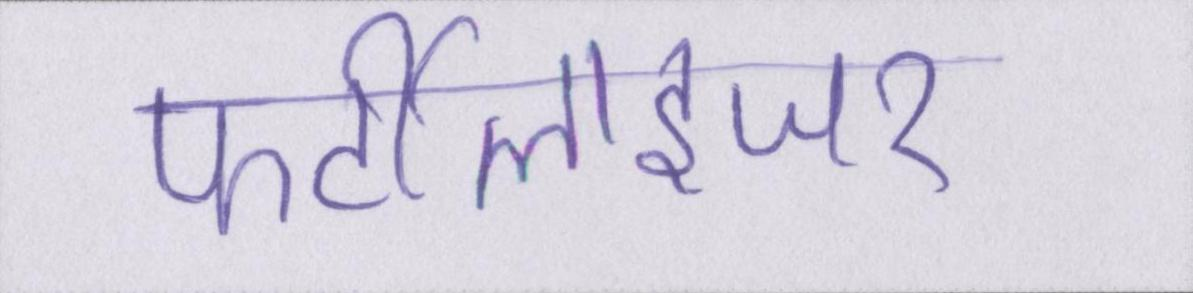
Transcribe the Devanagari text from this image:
फर्टीलाइजर